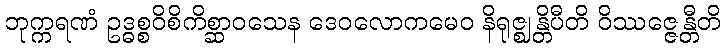
ဘုက္ကရဏံ ဥဒ္ဓစ္စဝိစိကိစ္ဆာဝသေန ဒေဝလောကမေဝ နိရုဇ္ဈန္တိပီတိ ဝိဿဇ္ဇေန္တီတိ